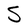
Character: S